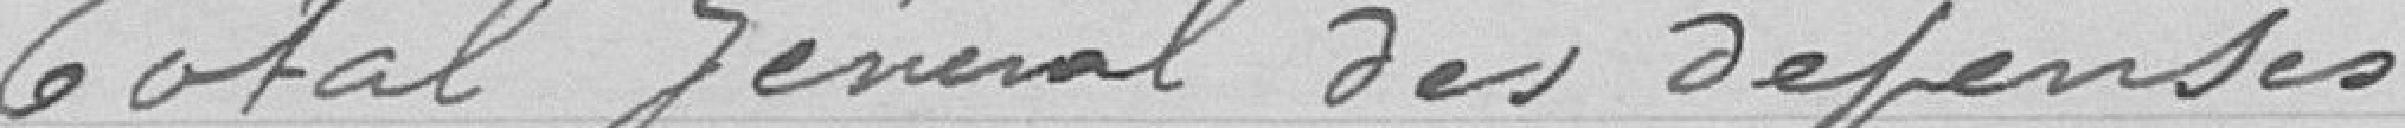
Total général des dépenses